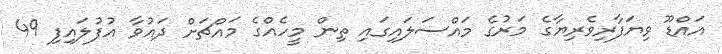
އައްޑޫ ވިޔަފާރިވެރިޔާގެ މަރުގެ މައްސަލައިގައި ތިން މީހެއްގެ މައްޗަށް ދައުވާ އުފުލައިފި 49